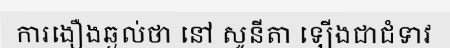
ការងឿងឆ្ងល់ថា នៅ សូនីតា ឡើងជាជំទាវ